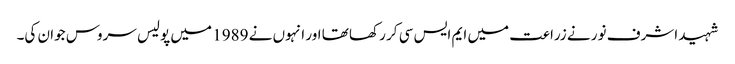
شہید اشرف نور نے زراعت میں ایم ایس سی کر رکھا تھا اور انہوں نے 1989 میں پولیس سروس جوان کی۔